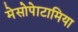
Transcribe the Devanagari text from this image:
मेसोपेाटामिया